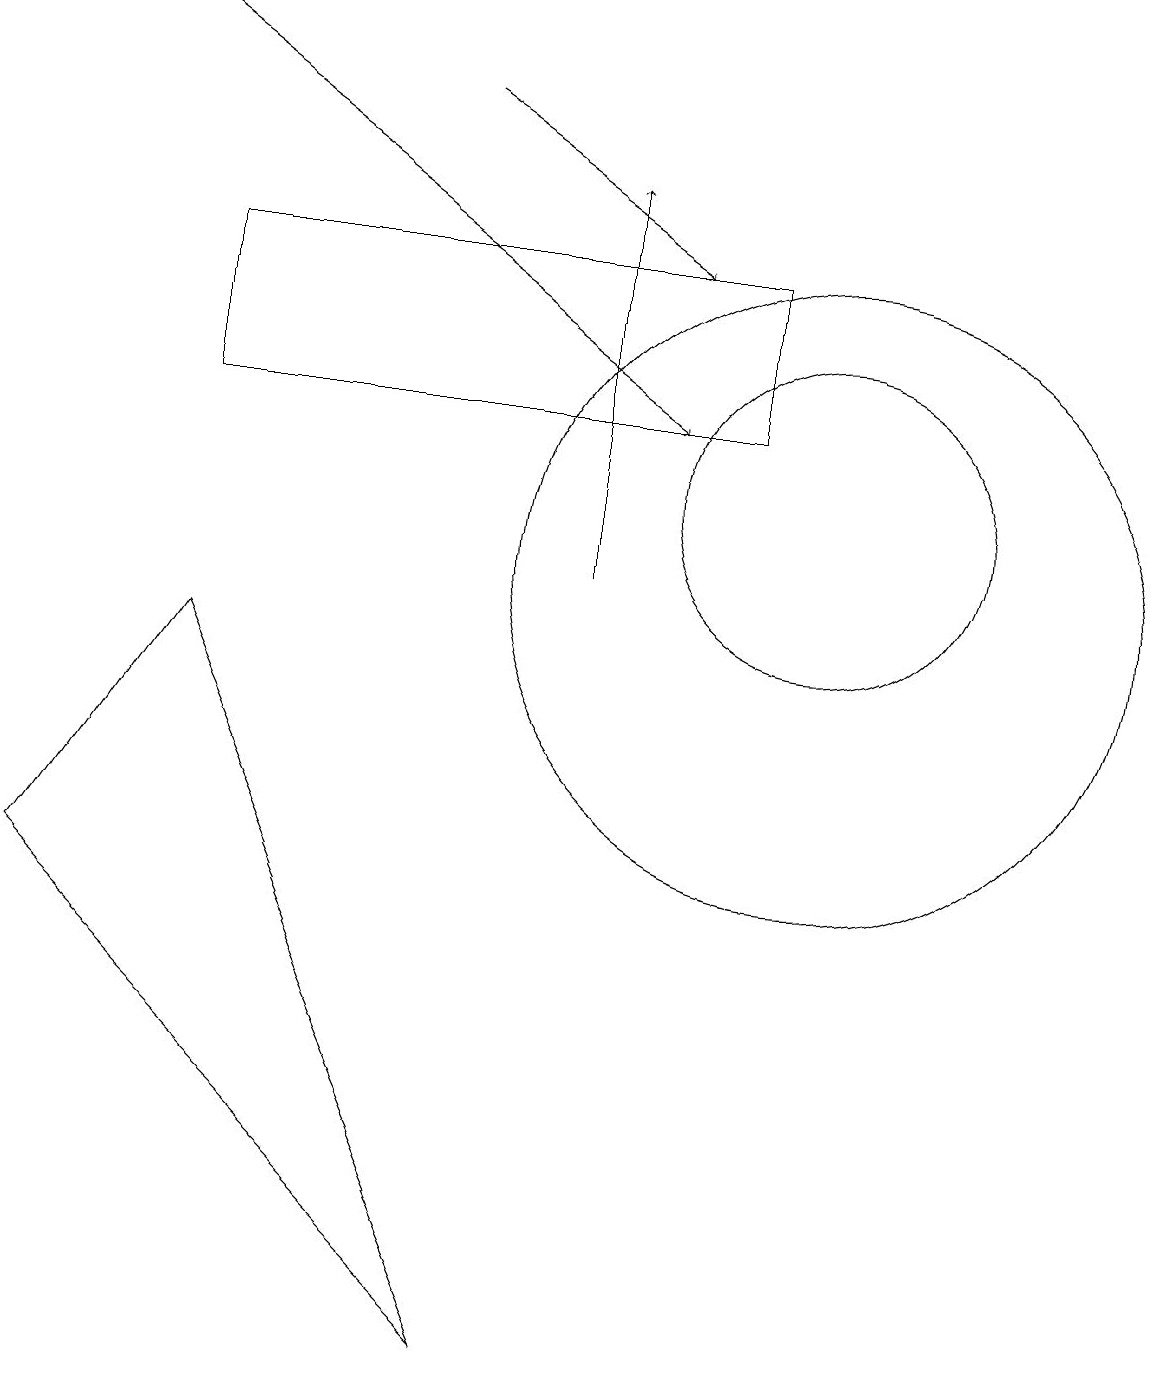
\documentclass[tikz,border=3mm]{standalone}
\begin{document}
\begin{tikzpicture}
\draw (10,11) circle (2);
\draw[->] (1,17) -- (8,12);
\draw[->] (5,16) -- (8,14);
\draw (2,9) -- (6,0) -- (0,6) -- cycle;
\draw (10,10) circle (4);
\draw (2,14) rectangle (9,12);
\draw[->] (7,10) -- (7,15);
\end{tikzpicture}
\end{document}